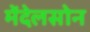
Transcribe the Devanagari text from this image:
मेंदेलसोन